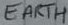
Text: EARTH